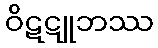
ဝိဋဋူဘဿ